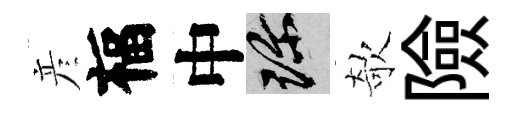
彦福中珍欹險